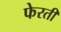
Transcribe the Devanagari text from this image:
फेरती